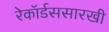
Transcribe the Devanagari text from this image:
रेकॉर्डससारखी